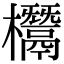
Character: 𣠟